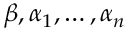
\beta , \alpha _ { 1 } , \ldots , \alpha _ { n }